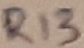
Text: R13